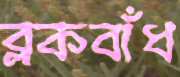
ব্লকবাঁধ